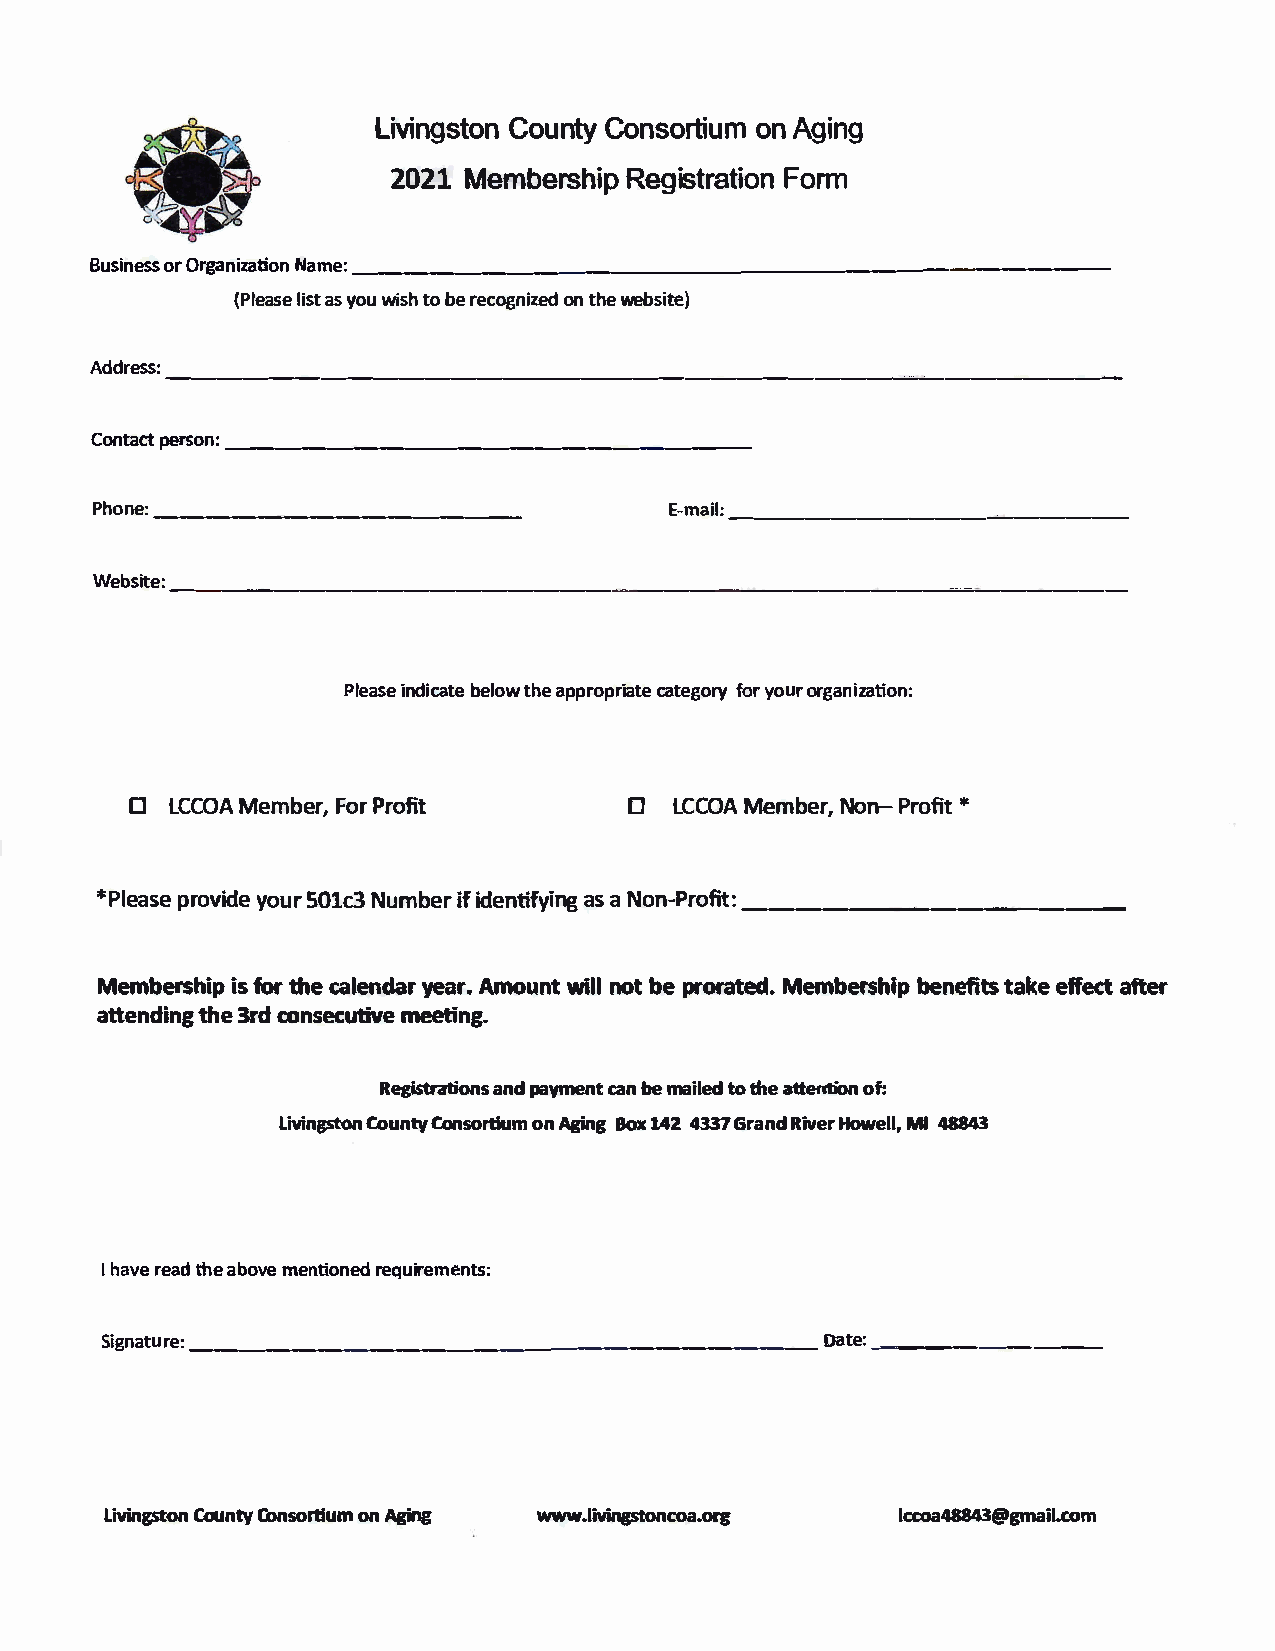
LviingCsounttoCyno nsoortnAi guimn  g
 202M1e  mbersRhegiips trFaotrimo  n
 BusionrOe rgasnsi zaNtiaom:_ne _ ______ _______ ______ ___ ____  _
 (Plelaiasssyeto wui shb ert eoc ogonnti hzweee db site)
 ----------------------------�--------
 Address:
 Contpaectrs o_n_:_ _________ ____   ___  _
 Pho_n_e_:_ _________      _           E-m-ai-l-=-------    �---   -
 Webstei=- ----------------        ----   -�-------=------
 Pleiansdei bcealttohewae p procpartieafgtooyerryou ro rganization:
 □                                □
 LCCMOeAm bFeorPr,r ofit          LCCMOeAm  bNeorn,P- ro*fit
 *Plepraosveyio du5er0 1Nc3u mbieifrd eyingntia fsaN on-P_r_o_fi_t_:_ _______ _
 Membersihfsio tprh cael enydeaaArrm .o uwnitnl olbt ep roraMteedm.b ersbheinpefit taske eff ecta fter
 attendtihn3egr c do nsecutimveeeti ng.
 Registrations anpda ymecannbt e m ailtoe tdh attentieo n of:
 LivinCogstounn tyCo nsortiuomnAgi ng Box14 2 4337 Grand HRoivweerMl ll ,48843
 Ih avree tahdabe o vmee ntiorneeqdu irements:
 Singtaur:_e _____ _______    ____  ______     _  Dat:_e __ __ __ _ _
 LivinCogstuonnty C onsortiounAgim ng www.livingstoncoa.org lccoa48843@gmail.com